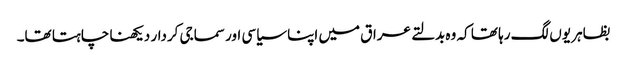
بظاہر یوں لگ رہا تھا کہ وہ بدلتے عراق میں اپنا سیاسی اور سماجی کردار دیکھنا چاہتا تھا۔